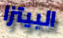
البيتزا